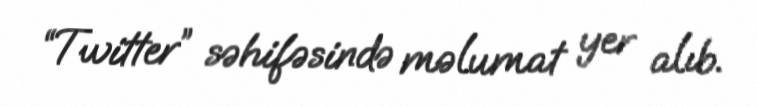
“Twitter” səhifəsində məlumat yer alıb.